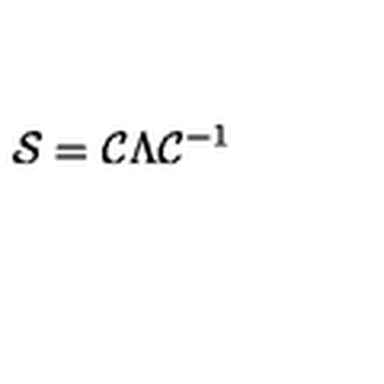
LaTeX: { \cal S } = { \cal C } \Lambda { \cal C } ^ { - 1 }